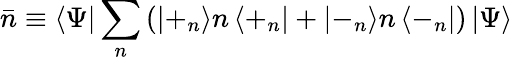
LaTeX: \bar{n}\equiv\left\langle\Psi\right|\sum_{n}\left(\left|+_{n}\right\rangle n\left\langle+_{n}\right|+\left|-_{n}\right\rangle n\left\langle-_{n}\right|\right)\left|\Psi\right\rangle